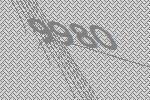
9980